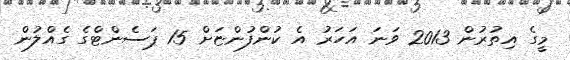
މީގެ އިތުރުން 2013 ވަނަ އަހަރު އެ ކުންފުންޏަށް 15 ޕަސެންޓްގެ ގެއްލުން